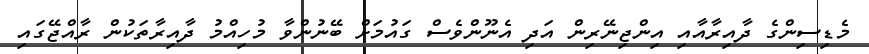
މެޑިސިންގެ ދާއިރާއާއި އިންޖިނޭރިން އަދި އެނޫންވެސް ގައުމަށް ބޭނުންވާ މުހިއްމު ދާއިރާތަކުން ރާއްޖޭގައި